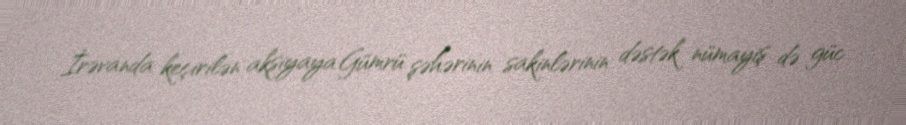
İrəvanda keçirilən aksiyaya Gümrü şəhərinin sakinlərinin dəstək nümayiş də güc